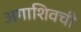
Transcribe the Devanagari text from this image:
अगाशिवची